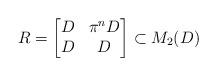
LaTeX: \begin{align*} R = \begin{bmatrix} D & \pi^n D \\ D & D \end{bmatrix} \subset M_2(D) \end{align*}